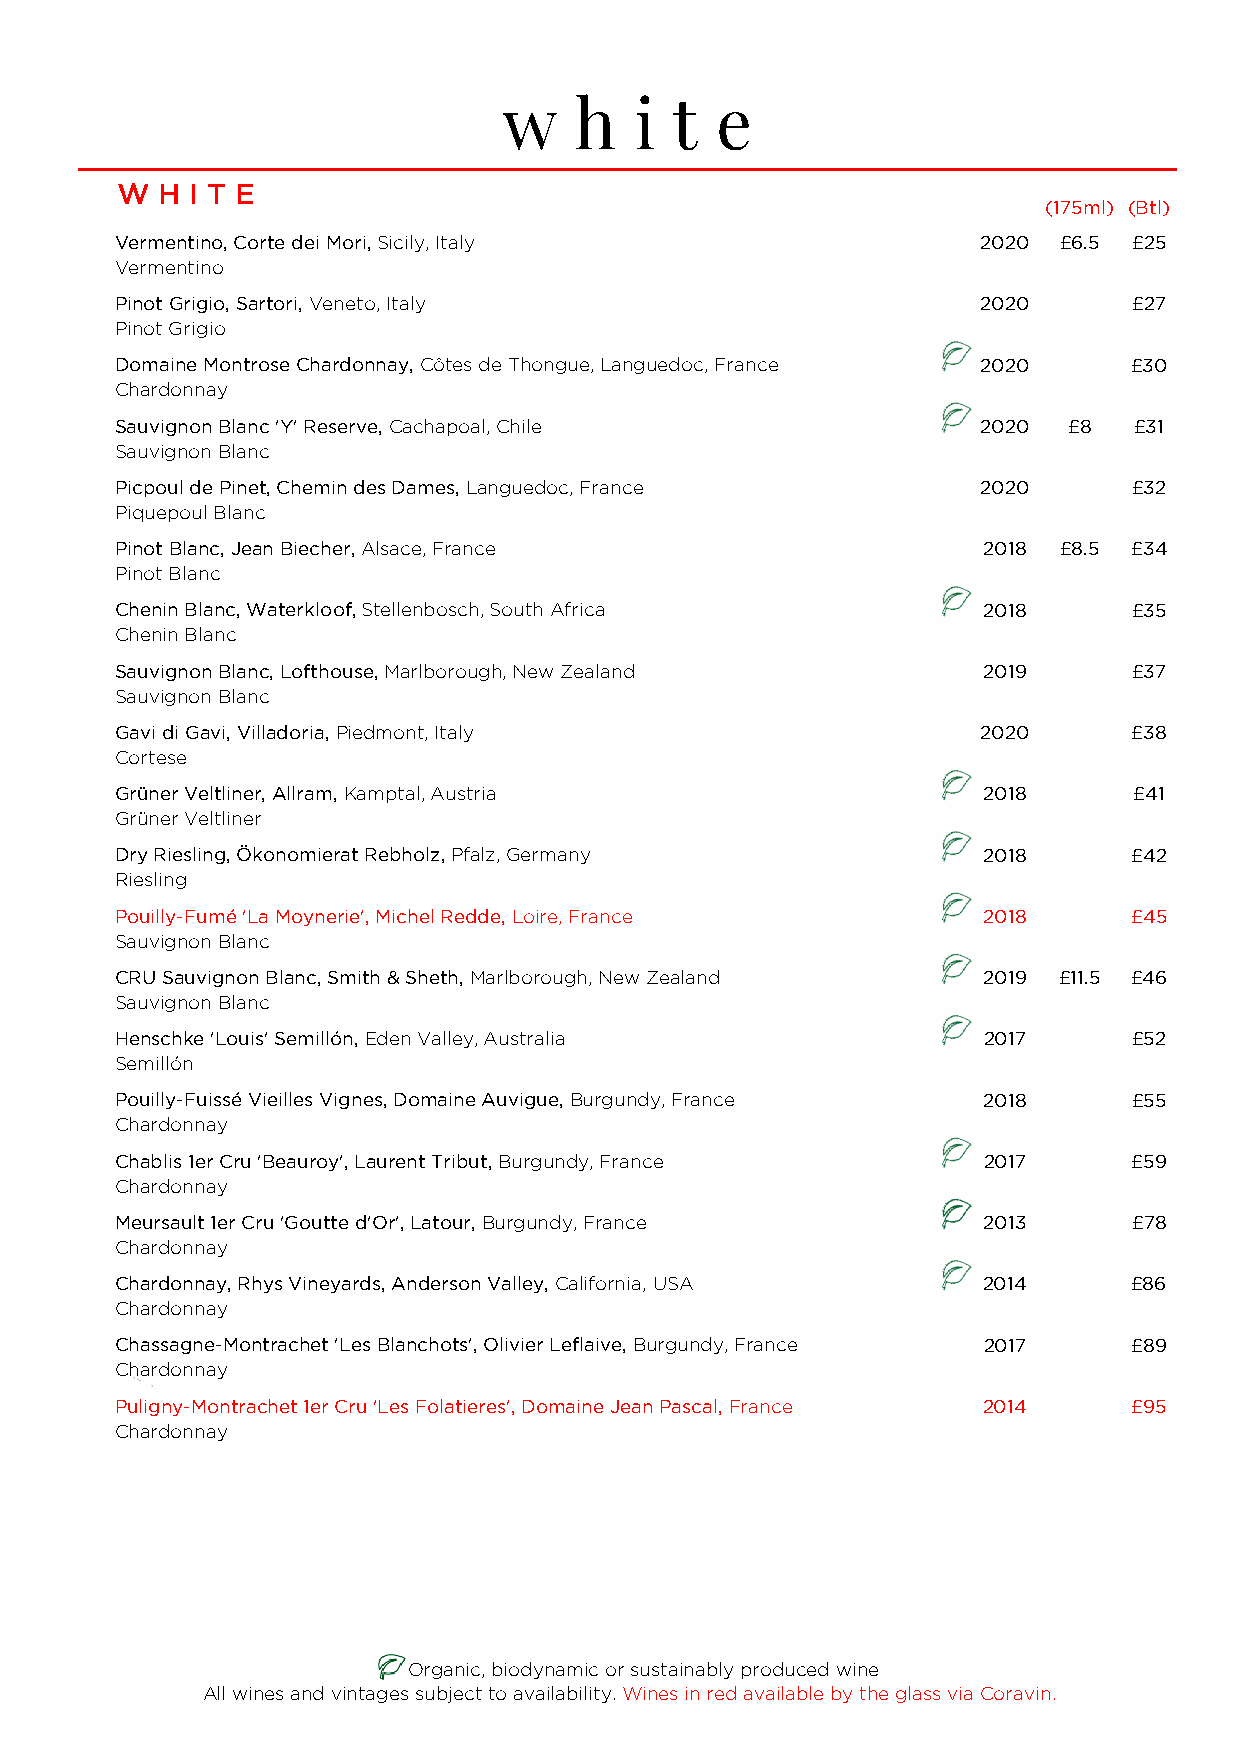
w   h   i  t  e
 W  H I T E
 (175ml) (Btl)
 Vermentino, Corte dei Mori, Sicily, Italy                2020 £6.5 £25
 Vermentino
 Pinot Grigio, Sartori, Veneto, Italy                     2020      £27
 Pinot Grigio
 Domaine Montrose Chardonnay, Côtes de Thongue, Languedoc, France 2020 £30
 Chardonnay
 Sauvignon Blanc 'Y' Reserve, Cachapoal, Chile            2020  £8  £31
 Sauvignon Blanc
 Picpoul de Pinet, Chemin des Dames, Languedoc, France    2020      £32
 Piquepoul Blanc
 Pinot Blanc, Jean Biecher, Alsace, France                2018 £8.5 £34
 Pinot Blanc
 Chenin Blanc, Waterkloof, Stellenbosch, South Africa     2018      £35
 Chenin Blanc
 Sauvignon Blanc, Lofthouse, Marlborough, New Zealand     2019      £37
 Sauvignon Blanc
 Gavi di Gavi, Villadoria, Piedmont, Italy                2020      £38
 Cortese
 Grüner Veltliner, Allram, Kamptal, Austria               2018      £41
 Grüner Veltliner
 Dry Riesling, Ökonomierat Rebholz, Pfalz, Germany        2018      £42
 Riesling
 Pouilly-Fumé 'La Moynerie', Michel Redde, Loire, France  2018      £45
 Sauvignon Blanc
 CRU Sauvignon Blanc, Smith & Sheth, Marlborough, New Zealand 2019 £11.5 £46
 Sauvignon Blanc
 Henschke 'Louis' Semillón, Eden Valley, Australia        2017      £52
 Semillón
 Pouilly-Fuissé Vieilles Vignes, Domaine Auvigue, Burgundy, France 2018 £55
 Chardonnay
 Chablis 1er Cru 'Beauroy', Laurent Tribut, Burgundy, France 2017   £59
 Chardonnay
 Meursault 1er Cru 'Goutte d'Or', Latour, Burgundy, France 2013     £78
 Chardonnay
 Chardonnay, Rhys Vineyards, Anderson Valley, California, USA 2014  £86
 Chardonnay
 Chassagne-Montrachet 'Les Blanchots', Olivier Leflaive, Burgundy, France 2017 £89
 Chardonnay
 Puligny-Montrachet 1er Cru 'Les Folatieres', Domaine Jean Pascal, France 2014 £95
 Chardonnay
 Organic, biodynamic or sustainably produced wine
 All wines and vintages subject to availability. Wines in red available by the glass via Coravin.